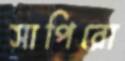
সাপিরো